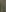
: